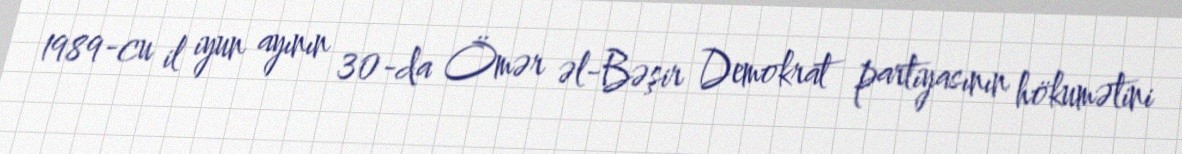
1989-cu il iyun ayının 30-da Ömər əl-Bəşir Demokrat partiyasının hökumətini